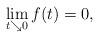
LaTeX: \begin{align*} \lim_{t \searrow 0} f(t) = 0,\end{align*}